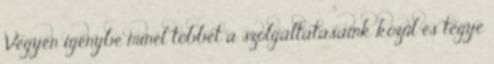
Vegyen igénybe minél többet a szolgáltatásaink közül és tegye